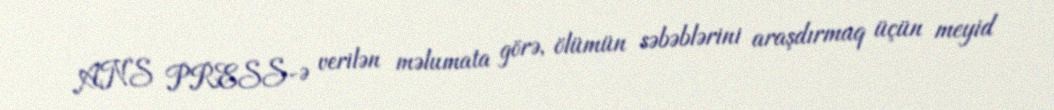
ANS PRESS-ə verilən məlumata görə, ölümün səbəblərini araşdırmaq üçün meyid